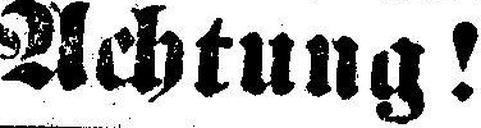
Achtung!